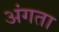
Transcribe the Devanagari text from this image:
अंगता